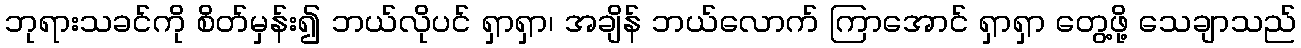
ဘုရားသခင်ကို စိတ်မှန်း၍ ဘယ်လိုပင် ရှာရှာ၊ အချိန် ဘယ်လောက် ကြာအောင် ရှာရှာ တွေ့ဖို့ သေချာသည်